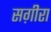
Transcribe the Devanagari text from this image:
सग़ीरा